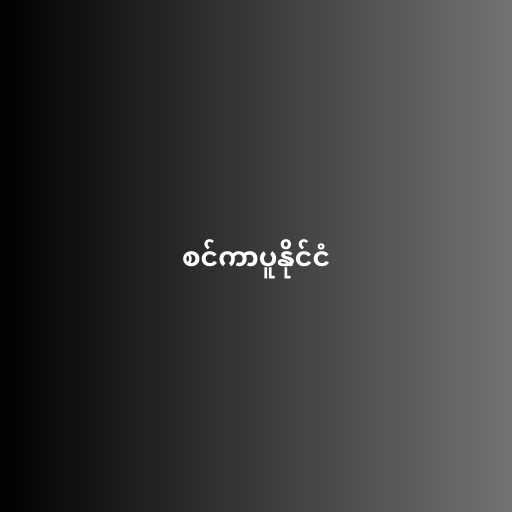
စင်ကာပူနိုင်ငံ